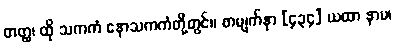
တတ္ထ၊ ထို သကကံ နောသကကံတို့တွင်။ စာမျက်နှာ [၄၃၄] ယထာ နာမ၊